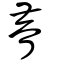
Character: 矒